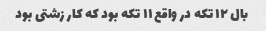
بال ۱۲ تکه در واقع ۱۱ تکه بود که کار زشتی بود